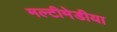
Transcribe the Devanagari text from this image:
मल्टीमेडीया